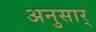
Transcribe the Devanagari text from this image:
अनुसार्